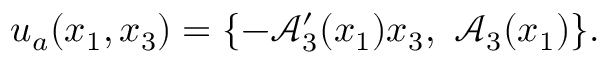
\boldsymbol { u } _ { a } ( x _ { 1 } , x _ { 3 } ) = \{ - \mathcal { A } _ { 3 } ^ { \prime } ( x _ { 1 } ) x _ { 3 } , \ \mathcal { A } _ { 3 } ( x _ { 1 } ) \} .